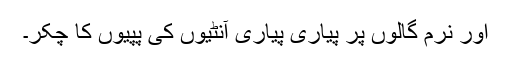
اور نرم گالوں پر پیاری پیاری آنٹیوں کی پپّیوں کا چکّر۔